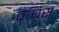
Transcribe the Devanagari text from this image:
वर्घिस